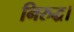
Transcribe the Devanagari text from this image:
निरुद्ध।